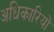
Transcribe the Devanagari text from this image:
अधिकारियोंं